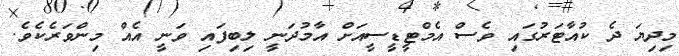
މިދިޔަ ދެ ކުއާޓަރުގައި ވެސް އެމްޓީޑީސީއަށް އާމުދަނީ ލިބިފައި ވަނީ އެއް މިންވަރެކެވެ.